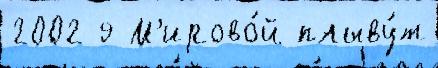
2002 9 М'ирово́й плыву́т